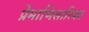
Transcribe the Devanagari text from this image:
प्रेमाभिसारिका